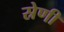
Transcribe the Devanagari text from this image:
स्रेणी